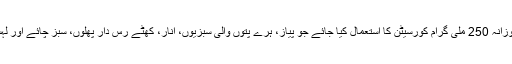
ماہرین کا مشورہ ہے کہ روزانہ 250 ملی گرام کورسیٹن کا استعمال کیا جائے جو پیاز، ہرے پتوں والی سبزیوں، انار، کھٹے رس دار پھلوں، سبز چائے اور لہسن میں بھی پائی جاتی ہے۔